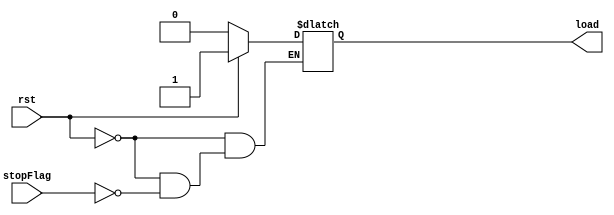
`timescale 1ns / 1ps
//////////////////////////////////////////////////////////////////////////////////
// 
// 
// Module Name: halt_instruction.v
// Project Name: Single Cycle RISC-V Processor
// Description: This is a Halt Module that takes a stop flag from the specificied instructions and halts the update of the Program Counter
// 
// Change History: 11/5/2022 - Implemented the module.
//////////////////////////////////////////////////////////////////////////////////


module halt_instruction(input rst, stopFlag, output reg load);
always@(*) begin
if(rst)
load = 1'b1;
else if(stopFlag)
load = 1'b0;

end
endmodule